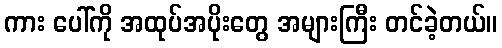
ကား ပေါ်ကို အထုပ်အပိုးတွေ အများကြီး တင်ခဲ့တယ်။